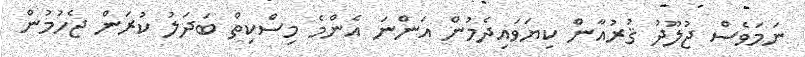
ނަމަވެސް ޖުލޫދު ޤުރުއާން ކިޔަވައިދެމުން އަންނަ އެންމެ މިސްކިތް ބަދަލު ކުރަން ޖެހުމުން